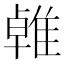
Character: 𨿧